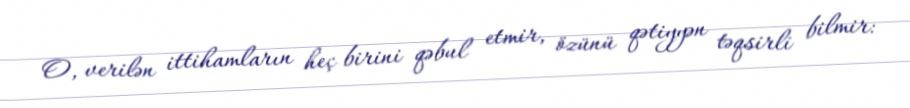
O, verilən ittihamların heç birini qəbul etmir, özünü qətiyyən təqsirli bilmir: